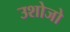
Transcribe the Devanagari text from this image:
उशोजो